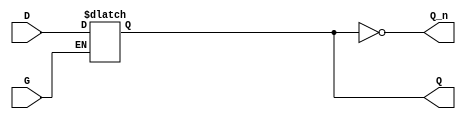
module dual_input_gated_latch (
    input wire D,      // Data Input
    input wire G,      // Gating Input
    output reg Q,      // Output
    output wire Q_n    // Complement Output
);

    // Assign the complement output
    assign Q_n = ~Q;

    // Always block for the gated latch behavior
    always @ (G or D) begin
        if (G) begin
            Q <= D;  // Capture data input when G is high
        end
        // When G is low, Q retains its previous value (no else clause needed)
    end

endmodule